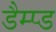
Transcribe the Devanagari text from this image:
डैम्प्ड